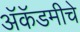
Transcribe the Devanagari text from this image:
अॅकॅडमीचे